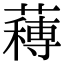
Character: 𮑼